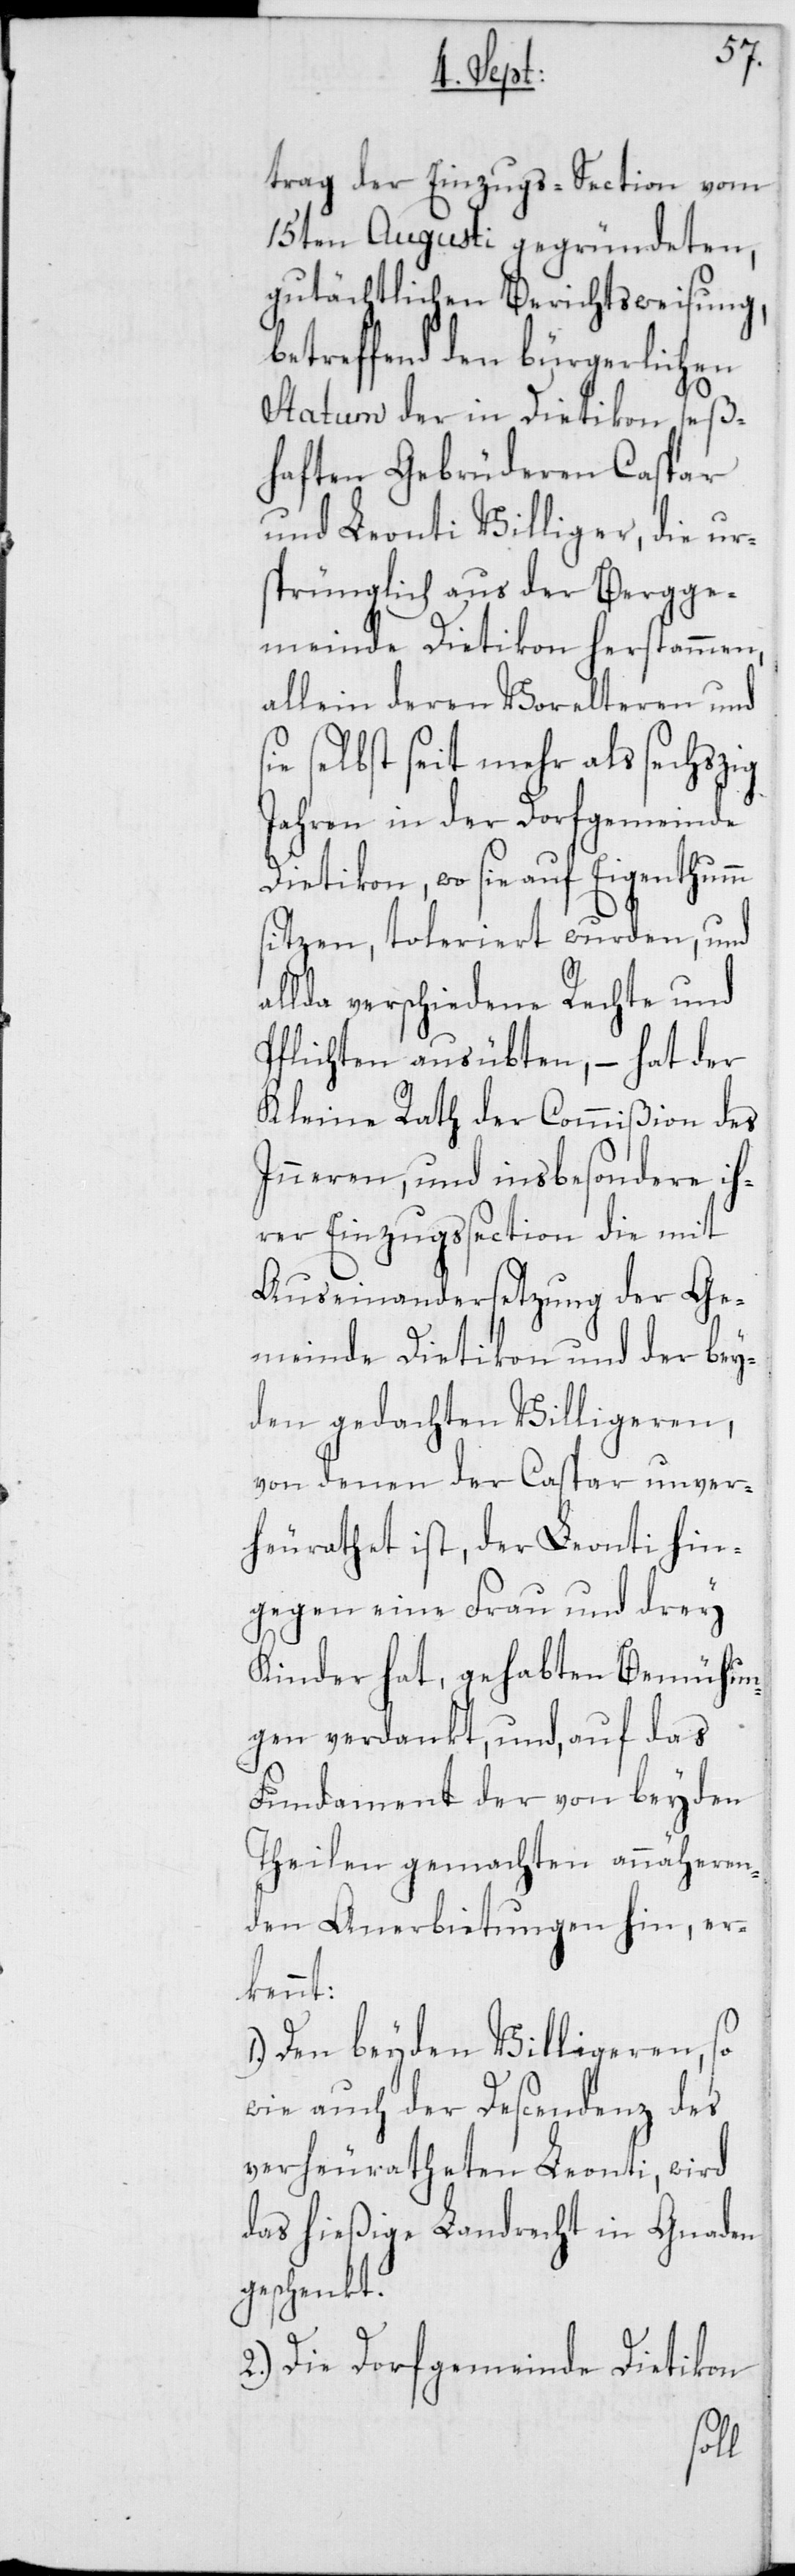
trag der Einzugs-Section vom
15ten Augusti gegründeten,
gutächtlichen Berichtsweisung,
betreffend den bürgerlichen
Statum der in Dietikon seß¬
haften Gebrüderen Caspar
und Leonti Villiger, die urs¬
prünglich aus der Bergge¬
meinde Dietikon herstammen,
allein deren Vorelteren und
selbst seit mehr als sechszig
Jahren in der Dorfgemeinde
Dietikon, wo sie auf Eigentumm
sitzen, toleriert wurden, und
allda verschiedene Rechte und
Pflichten ausübten, – hat der
Kleine Rath der Commißion des
Inneren, und insbesondere ih¬
rer Einzugßection die mit
Auseinandersetzung der Ge¬
meinde Dietikon und der bey¬
den gedachten Villigeren,
von denen der Caspar unver¬
heurathet ist, der Leonti hin¬
gegen eine Frau und drey
Kinder hat, gehabten Bemühun¬
gen verdankt, und, auf das
Fundament der von beyden
Theilen gemachten annäheren¬
den Anerbietungen hin, er¬
kennt:
1. Den beyden Villigeren, so
wie auch der Descendenz des
verheuratheten Leonti, wird
das hießige Landrecht in Gnaden
geschenkt.
2. Die Dorfgemeinde Dietikon